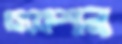
অকেশন